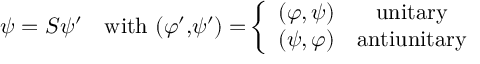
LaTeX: \psi = S \psi ^ { \prime \quad } \mathrm { w i t h ~ ( } \varphi ^ { \prime } \mathrm { , } \psi ^ { \prime } \mathrm { ) = } \left\{ \begin{array} { c c } { { ( \varphi , \psi ) } } & { { \mathrm { u n i t a r y } } } \\ { { ( \psi , \varphi ) } } & { { \mathrm { a n t i u n i t a r y } } } \end{array} \right.